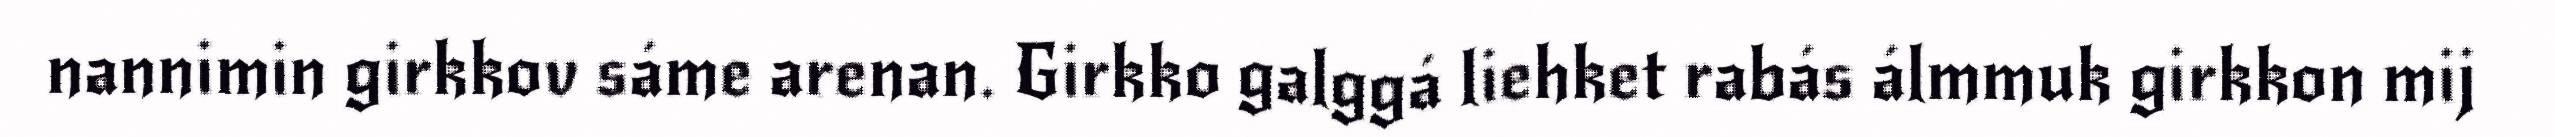
nannimin girkkov sáme arenan. Girkko galggá liehket rabás álmmuk girkkon mij